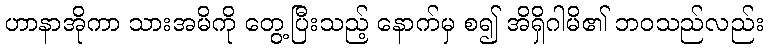
ဟာနာအိုကာ သားအမိကို တွေ့ပြီးသည့် နောက်မှ စ၍ အိရှိဂါမိ၏ ဘဝသည်လည်း